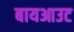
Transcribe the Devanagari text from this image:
बायआउट